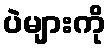
ပဲများကို